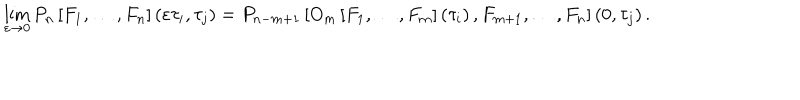
LaTeX: \lim _ { \varepsilon \rightarrow 0 } P _ { n } \left[ F _ { 1 } , \dots , F _ { n } \right] \left( \varepsilon \tau _ { i } , \tau _ { j } \right) = P _ { n - m + 1 } \left[ O _ { m } \left[ F _ { 1 } , \dots , F _ { m } \right] \left( \tau _ { i } \right) , F _ { m + 1 } , \dots , F _ { n } \right] \left( 0 , \tau _ { j } \right) .